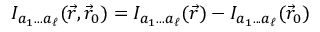
{ \cal I } _ { a _ { 1 } . . . a _ { \ell } } ( \vec { r } , \vec { r } _ { 0 } ) = { \cal I } _ { a _ { 1 } . . . a _ { \ell } } ( \vec { r } ) - { \cal I } _ { a _ { 1 } . . . a _ { \ell } } ( \vec { r } _ { 0 } )